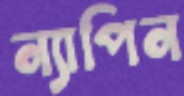
ন্যাপিন